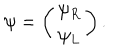
\psi = \left( \begin{array} { c } { { \psi _ { R } } } \\ { { \psi _ { L } } } \\ \end{array} \right) .